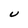
Character: U